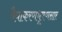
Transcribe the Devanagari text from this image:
वैयाकरणभूषणसार